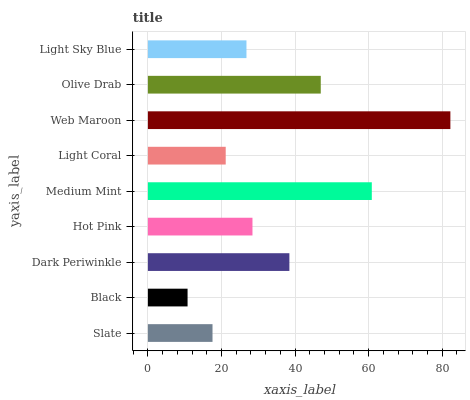
| yaxis_label | bars |
 | --- | --- |
 | Slate | 17.6 |
 | Black | 10.8 |
 | Dark Periwinkle | 38.5 |
 | Hot Pink | 28.4 |
 | Medium Mint | 60.9 |
 | Light Coral | 21.1 |
 | Web Maroon | 82.2 |
 | Olive Drab | 47 |
 | Light Sky Blue | 26.8 |